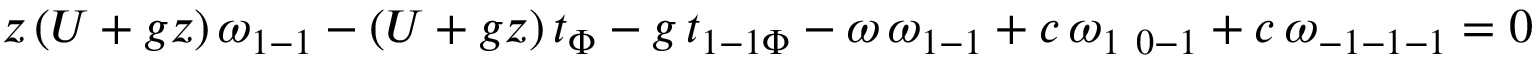
z \, ( U + g z ) \, \omega _ { 1 - 1 } - ( U + g z ) \, t _ { \Phi } - g \, t _ { 1 - 1 \Phi } - \omega \, \omega _ { 1 - 1 } + c \, \omega _ { 1 \ 0 - 1 } + c \, \omega _ { - 1 - 1 - 1 } = 0